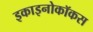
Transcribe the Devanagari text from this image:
इकाइनोकॉकस